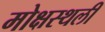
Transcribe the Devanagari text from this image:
मोक्षस्थली